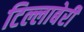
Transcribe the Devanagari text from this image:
टिल्लाबेरी